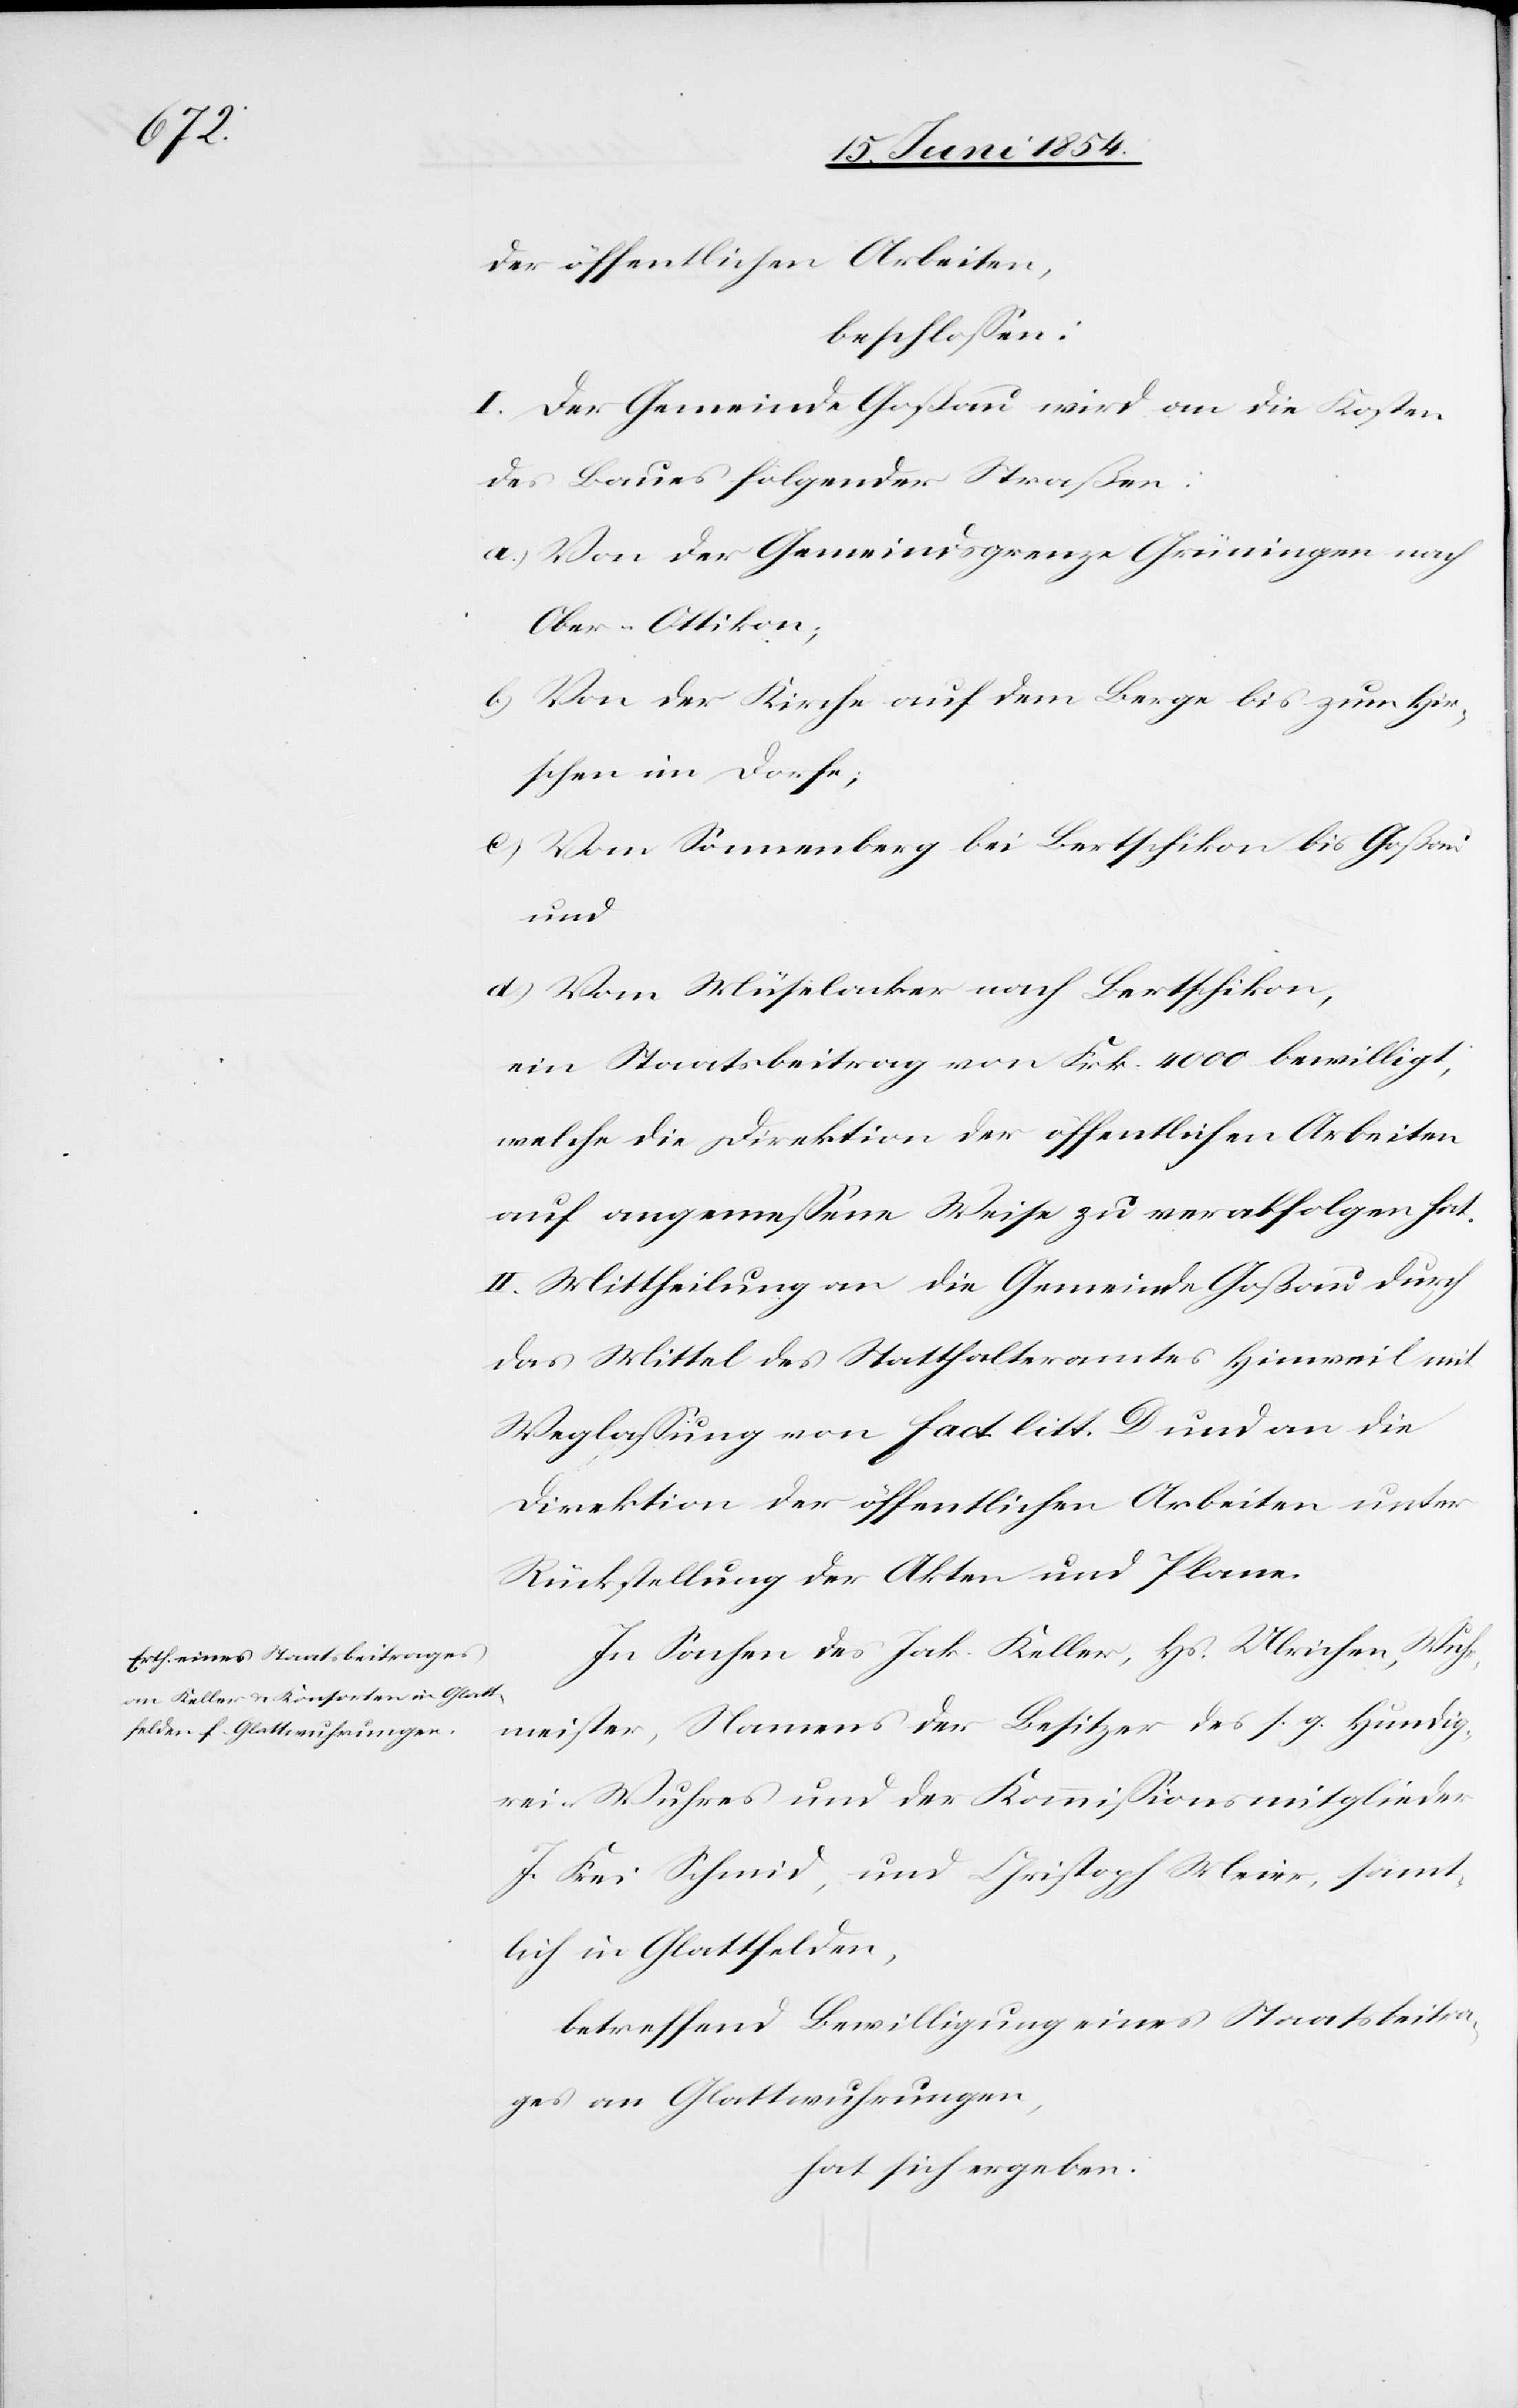
der öffentlichen Arbeiten,
beschloßen:
I. Der Gemeinde Goßau wird an die Kosten
des Baues folgender Straßen:
a.) Von der Gemeindsgrenze Grüningen nach
Ober-Ottikon;
b.) Von der Kirche auf dem Berge bis zum Hir¬
schen im Dorfe;
c.) Vom Sonnenberg bei Bertschikon bis Goßau
und
d.) Vom Müselacker nach Bertschikon,
ein Staatsbeitrag von Frk. 4000 bewilligt,
welche die Direktion der öffentlichen Arbeiten
auf angemeßene Weise zu verabfolgen hat.
II. Mittheilung an die Gemeinde Goßau durch
das Mittel des Statthalteramtes Hinweil mit
Weglaßung von fact. litt. D und an die
Direktion der öffentlichen Arbeiten unter
Rückstellung der Akten und Plane.
In Sachen des Jak. Keller, Hs. Ulrichen, Wuhr¬
meister, Namens der Besitzer des s. g. Hundig¬
rei-Wuhres und der Kommißionsmitglieder
J. Frei Schmid, und Christoph Meier, sämt¬
lich in Glattfelden,
betreffend Bewilligung eines Staatsbeitra¬
ges an Glattwuhrungen,
hat sich ergeben: